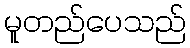
မူတည်ပေသည်